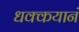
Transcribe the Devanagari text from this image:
धक्कयानं